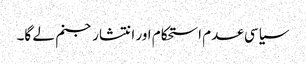
سیاسی عدم استحکام اور انتشار جنم لے گا۔